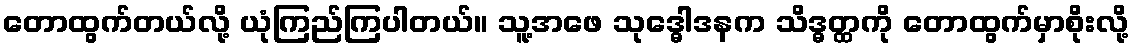
တောထွက်တယ်လို့ ယုံကြည်ကြပါတယ်။ သူ့အဖေ သုဒ္ဓေါဒနက သိဒ္ဓတ္ထကို တောထွက်မှာစိုးလို့